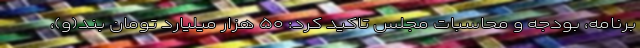
برنامه، بودجه و محاسبات مجلس تاکید کرد: ۵۰ هزار میلیارد تومان بند(و)،